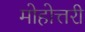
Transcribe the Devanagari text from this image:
मोहोत्तरी